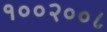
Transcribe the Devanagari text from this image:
१००२००८